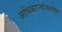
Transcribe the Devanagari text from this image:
अधिकार्‍यांसमवेत